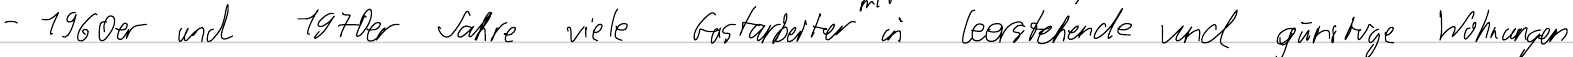
- 1960er und 1970er Jahre viele Gastarbeiter in leerstehende und günstige Wohnungen